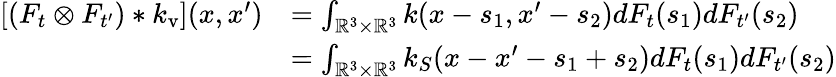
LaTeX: \begin{array}{rl}{[(F_{t}\otimes F_{t^{\prime}})*k_{\mathrm{v}}](x,x^{\prime})}&{=\int_{\mathbb{R}^{3}\times\mathbb{R}^{3}}k(x-s_{1},x^{\prime}-s_{2})dF_{t}(s_{1})dF_{t^{\prime}}(s_{2})}\\ &{=\int_{\mathbb{R}^{3}\times\mathbb{R}^{3}}k_{S}(x-x^{\prime}-s_{1}+s_{2})dF_{t}(s_{1})dF_{t^{\prime}}(s_{2})}\end{array}